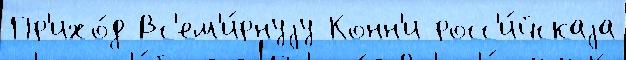
Пр'ихо́д Вс'ем'и́рнуjу Конн'и росс'и́йскаjа